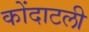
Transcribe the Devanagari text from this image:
कोंदाटली